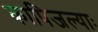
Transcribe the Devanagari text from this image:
कापिजल्याः